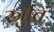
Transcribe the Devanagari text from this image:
स्रुतिं